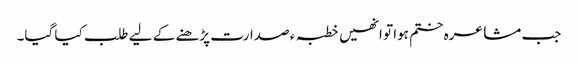
جب مشاعرہ ختم ہوا تو انھیں خطبہ ء صدارت پڑھنے کے لیے طلب کیا گیا۔